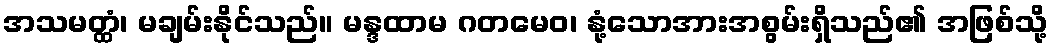
အသမတ္ထံ၊ မချမ်းနိုင်သည်။ မန္ဒထာမ ဂတမေဝ၊ နုံ့သောအားအစွမ်းရှိသည်၏ အဖြစ်သို့